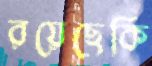
রয়েছেকি